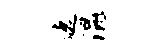
遮混